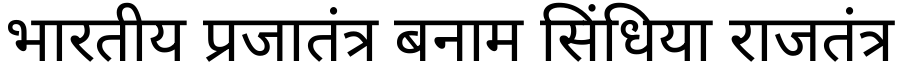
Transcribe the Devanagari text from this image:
भारतीय प्रजातंत्र बनाम सिंधिया राजतंत्र